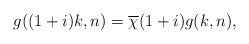
LaTeX: \begin{align*} g((1+i)k,n)=\overline{\chi}(1+i) g(k,n),\end{align*}